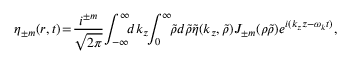
\eta _ { \pm m } ( \boldsymbol { r } , t ) \! = \! \frac { i ^ { \pm m } } { \sqrt { 2 \pi } } \! \int _ { - \infty } ^ { \infty } \! \! d k _ { z } \! \! \int _ { 0 } ^ { \infty } \! \! \tilde { \rho } d \tilde { \rho } \tilde { \eta } ( k _ { z } , \tilde { \rho } ) J _ { \pm m } ( \rho \tilde { \rho } ) e ^ { i ( k _ { z } z - \omega _ { \boldsymbol { k } } t ) } ,